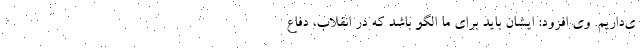
ی‌داریم. وی افزود: ایشان باید برای ما الگو باشد که در انقلاب، دفاع